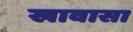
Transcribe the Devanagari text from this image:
खावासा